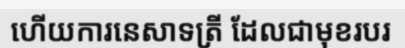
ហើយការនេសាទត្រី ដែលជាមុខរបរ